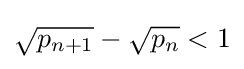
{\sqrt {p_{n+1}}}-{\sqrt {p_{n}}}<1